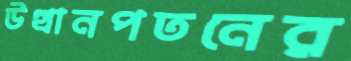
উত্থানপতনের